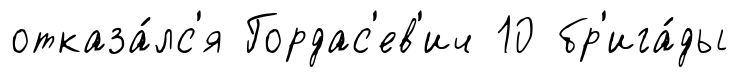
отказа́лс'я Гордас'ев'ич 10 бр'ига́ды